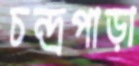
চন্দ্রপাড়া